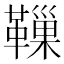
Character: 𩍀